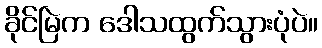
ခိုင်မြဲက ဒေါသထွက်သွားပုံပဲ။